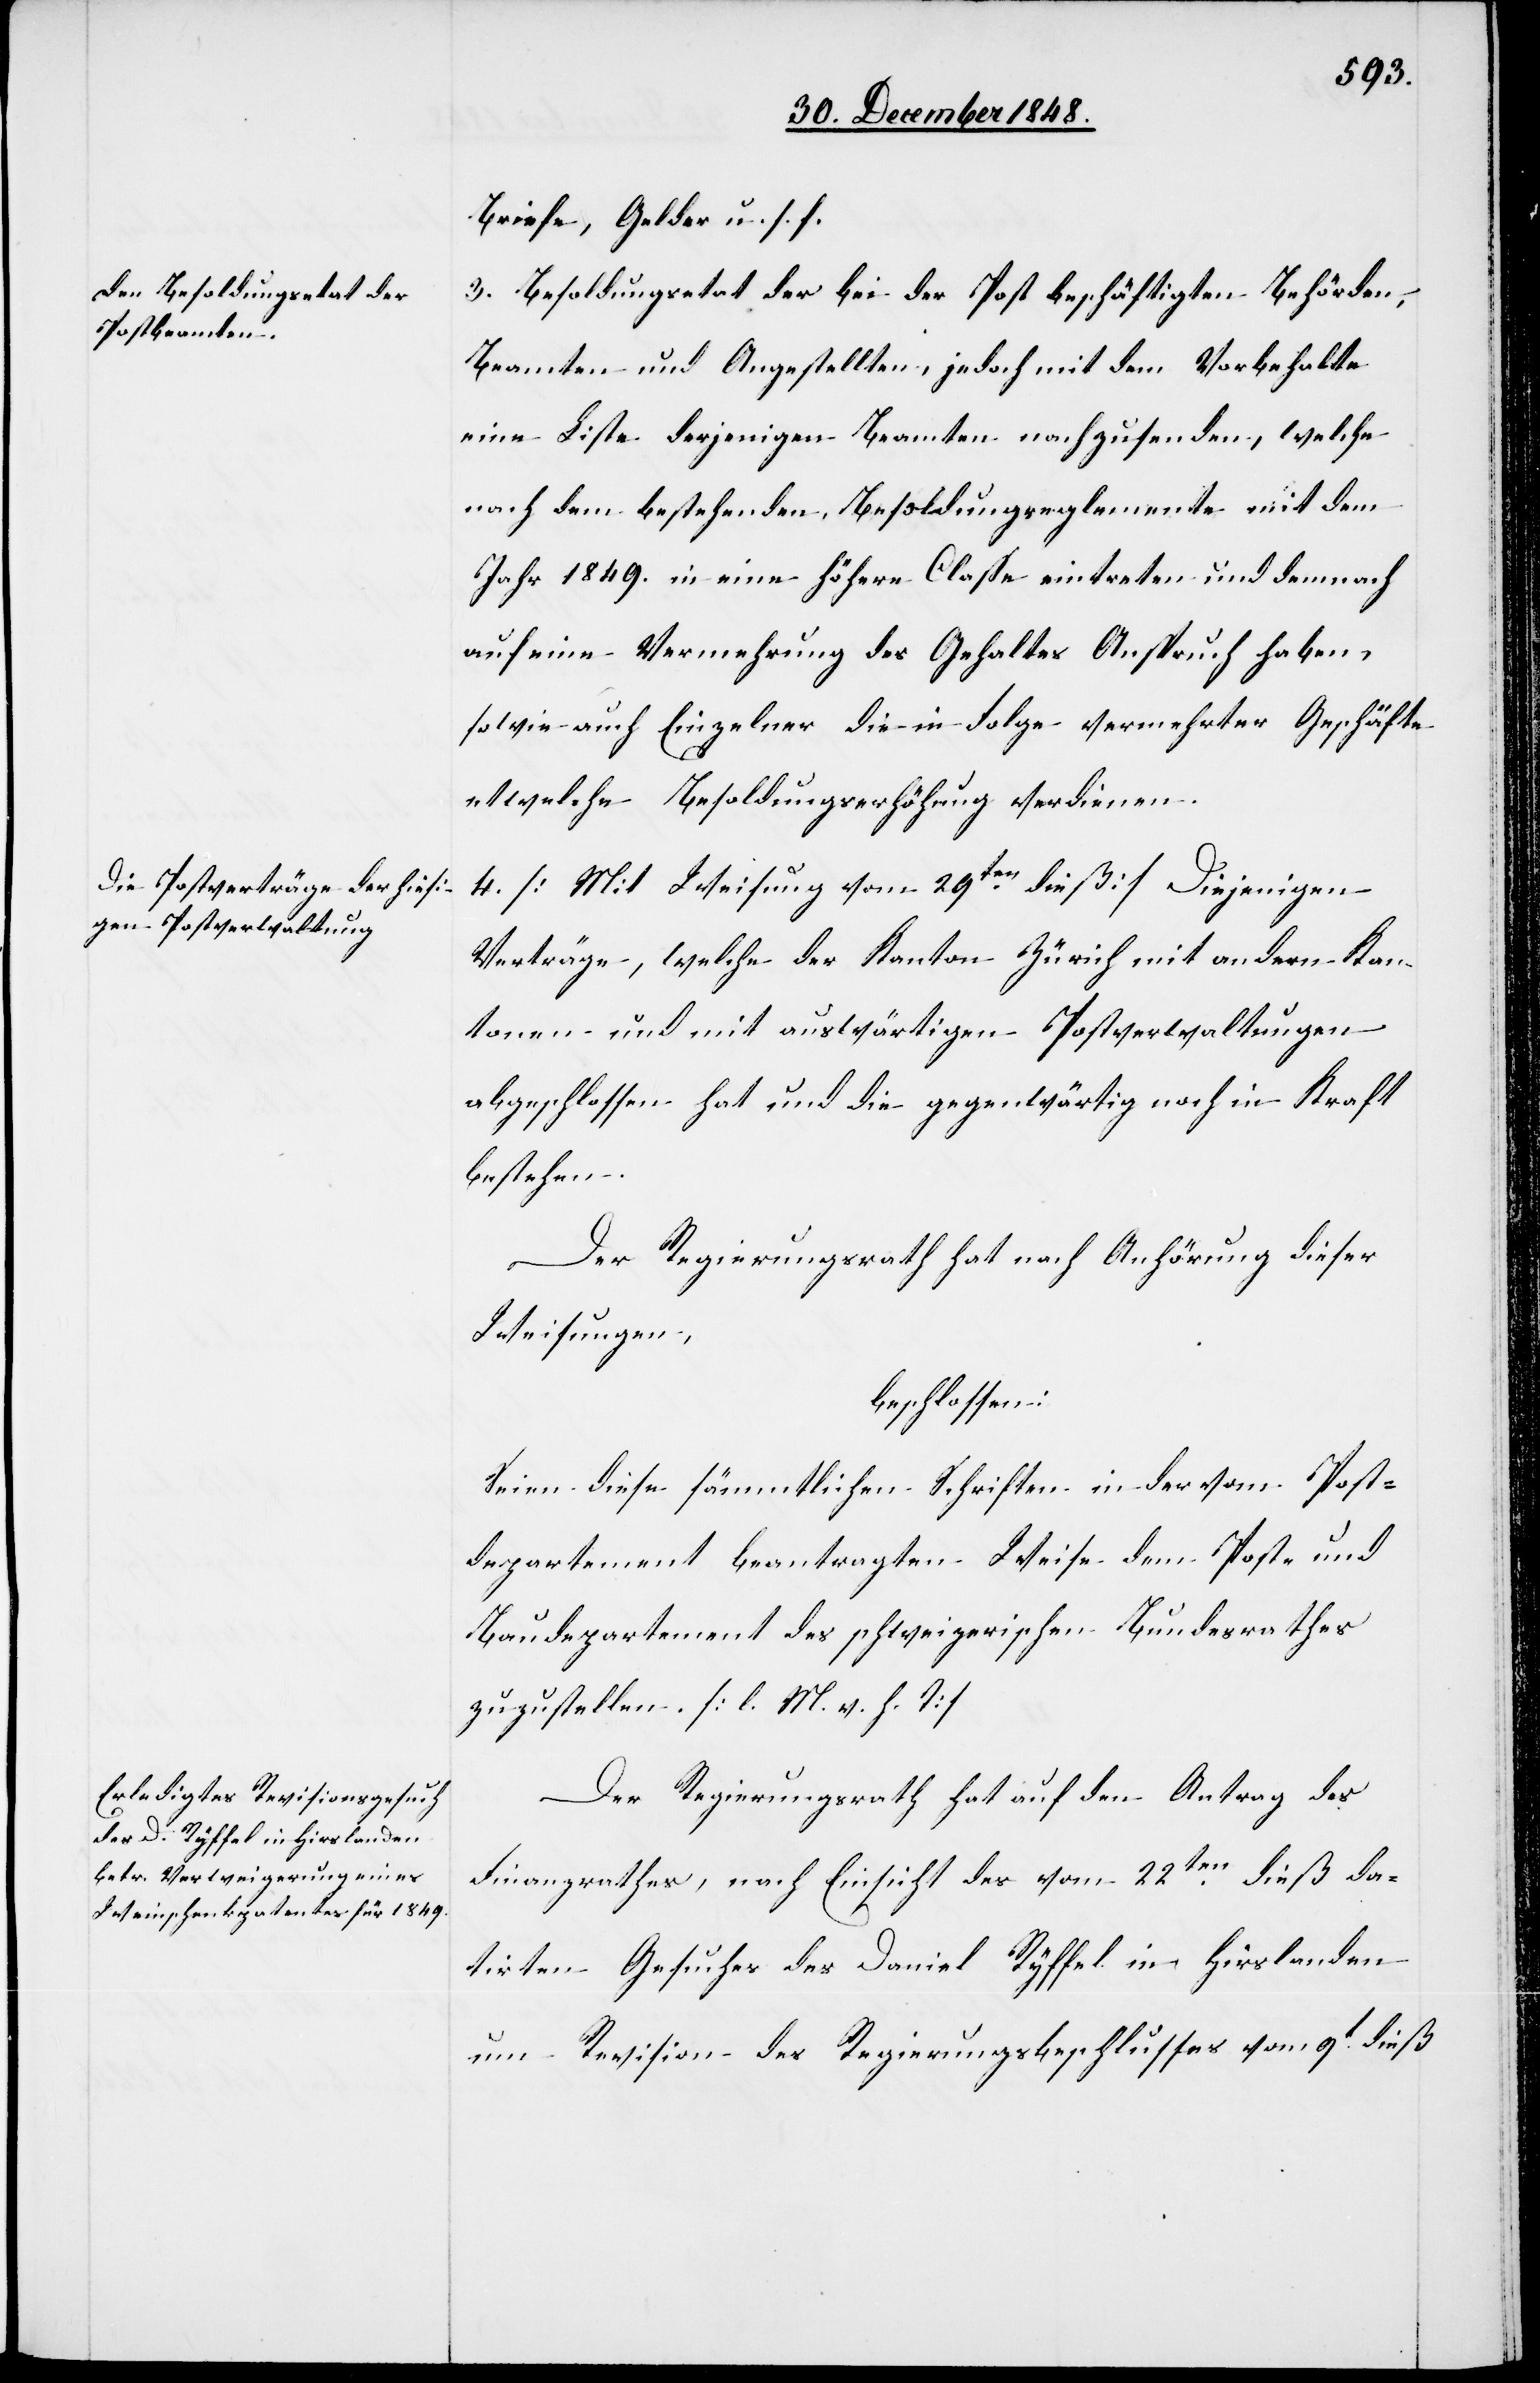
Briefe, Gelder u. s. f.
3. Besoldungsetat der bei der Post beschäftigten Behörden,
Beamten und Angestellten, jedoch mit dem Vorbehalte
eine Liste derjenigen Beamten nachzusenden, welche
nach dem bestehenden Besoldungsreglemente mit dem
Jahr 1849. in eine höhere Classe eintreten und demnach
auf eine Vermehrung des Gehaltes Anspruch haben,
sowie auch Einzelner die in Folge vermehrter Geschäfte
etwelche Besoldungserhöhung verdienen.
4. [Mit Weisung vom 29ten dieß] Diejenigen
Verträge, welche der Kanton Zürich mit andern Kan¬
tonen und mit auswärtigen Postverwaltungen
abgeschlossen hat und die gegenwärtig noch in Kraft
bestehen.
Der Regierungsrath hat nach Anhörung dieser
Weisungen,
beschlossen:
Seien diese sämmtlichen Schriften in der vom Post¬
departement beantragten Weise dem Post- und
Baudepartement des schweizerischen Bundesrathes
zuzustellen. [l. M. v. h. T]
Der Regierungsrath hat auf den Antrag des
Finanzrathes, nach Einsicht des vom 22ten dieß da¬
tirten Gesuches des Daniel Ryffel in Hirslanden
um Revision des Regierungsbeschlusses vom 9t dieß